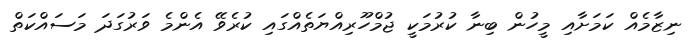
ނިޒާމެއް ކަމަށާއި މީހުން ބިނާ ކުރުމަކީ ޖުމްހޫރިއްޔަތެއްގައި ކުރެވޭ އެންމެ ވަރުގަދަ މަސައްކަތް